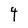
Character: 4